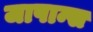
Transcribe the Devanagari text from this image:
जापान्स